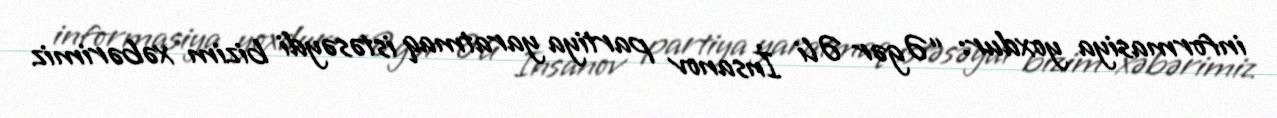
informasiya yoxdur: “Əgər Əli İnsanov partiya yaratmaq istəsəydi bizim xəbərimiz